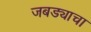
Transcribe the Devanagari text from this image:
जबड्याचा